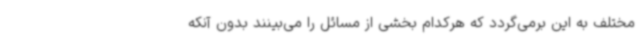
مختلف به این برمی‌گردد که هرکدام بخشی از مسائل را می‌بینند بدون آنکه